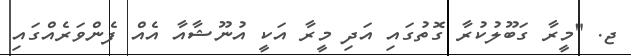
ޖ. "މީރާ ގަބޫލުކުރާ ގޮތުގައި އަދި މީރާ އަކީ އުނޫޝާއާ އެއް ފެންވަރެއްގައި